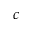
c